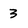
Character: 3